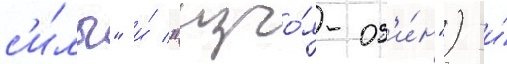
с'и́лы" и́ "изго́я-од'и́н") и́